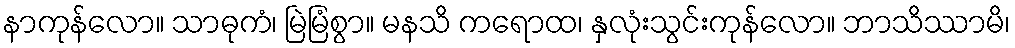
နာကုန်လော။ သာဓုကံ၊ မြဲမြံစွာ။ မနသိ ကရောထ၊ နှလုံးသွင်းကုန်လော။ ဘာသိဿာမိ၊